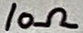
Text: 10Ω